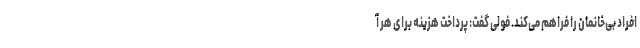
افراد بی‌خانمان را فراهم می‌کند. فولی گفت: پرداخت هزینه برای هر آ